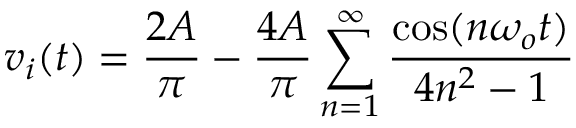
v _ { i } ( t ) = \frac { 2 A } { \pi } - \frac { 4 A } { \pi } \sum _ { n = 1 } ^ { \infty } \frac { \cos ( n \omega _ { o } t ) } { 4 n ^ { 2 } - 1 }